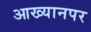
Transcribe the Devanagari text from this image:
आख्यानपर